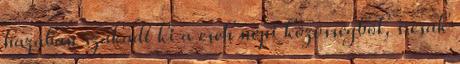
hazában szakadt ki a cseh népi közösségből, s csak